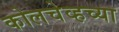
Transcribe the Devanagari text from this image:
कोलचेव्हच्या